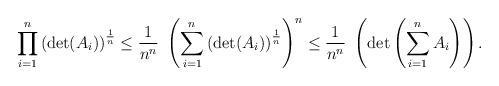
LaTeX: \begin{align*} \prod_{i=1}^{ n} \left( \det (A_i ) \right) ^\frac{1}{n} \leq \frac{1}{n^n} \ \left(\sum_{i=1}^n \left(\det(A_i)\right)^\frac{1}{n}\right)^n \leq \frac{1}{n^n} \ \left( \det \left( \sum_{i=1}^n A_i \right) \right).\end{align*}